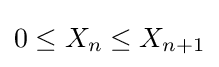
0\leq X_{n}\leq X_{n+1}